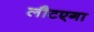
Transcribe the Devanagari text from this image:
लौटएगा